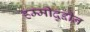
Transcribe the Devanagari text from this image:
हम्मीदुद्दीन